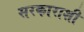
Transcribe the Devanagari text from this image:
सरकाराशी